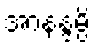
အာနန္ဒမ္ပိ